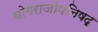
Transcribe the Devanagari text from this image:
योगराजोपनिषद्